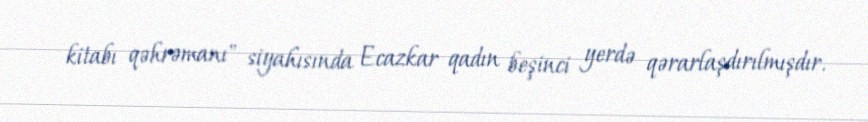
kitabı qəhrəmanı" siyahısında Ecazkar qadın beşinci yerdə qərarlaşdırılmışdır.